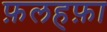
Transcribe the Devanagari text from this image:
फ़लहफ़ा